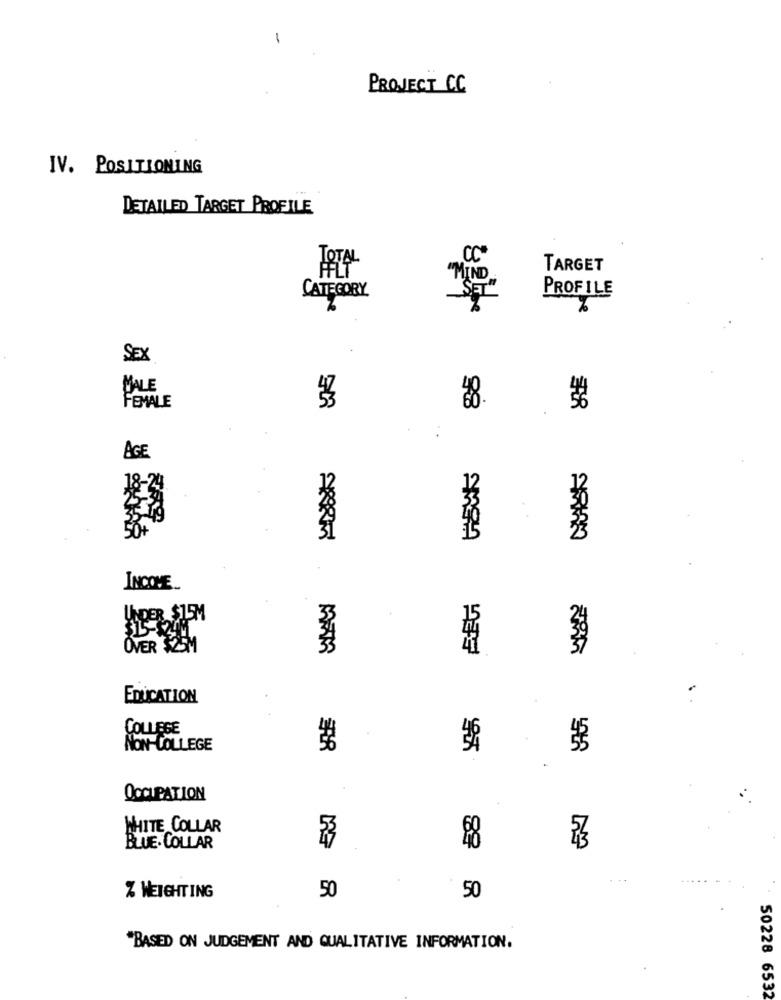
-
PROJECT CC
IV. POSITIONING
DETAILED TARGET PROFILE
CC*
TOTAL
TARGET
"MIND
CATEGORY
PROFILE
"SET"
SEX
DALE
FEMALE
98
AGE
12
18-24
50+
15
INCOME_
33
15
UNDER $15M
24
OVER $25M
33
37
EDUCATION
COLLEGE
NON-COLLEGE
OCCUPATION
WHITE COLLAR
53
BLUE- COLLAR
98
50
% WEIGHTING
50
"BASED ON JUDGEMENT AND QUALITATIVE INFORMATION.
50228 6532